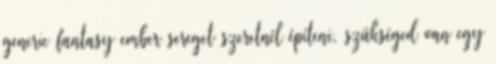
generic fantasy ember sereget szeretnél építeni, szükséged van egy